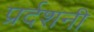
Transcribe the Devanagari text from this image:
प्रर्दशनी